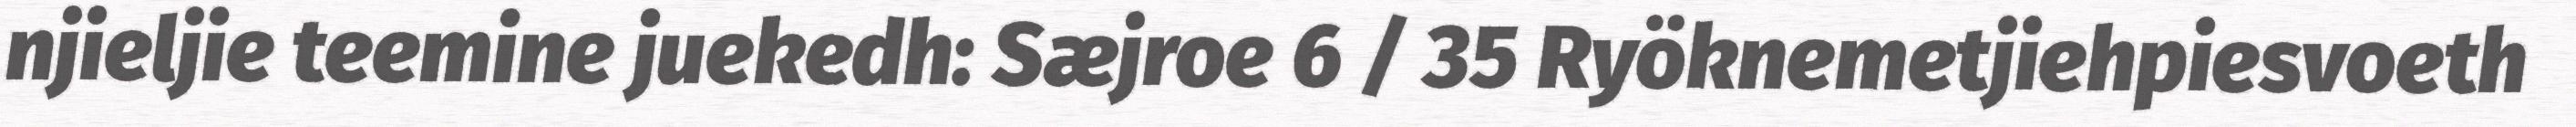
njieljie teemine juekedh: Sæjroe 6 / 35 Ryöknemetjiehpiesvoeth